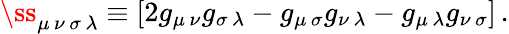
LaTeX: {\ss}_{\mu\, \nu\, \sigma\, \lambda}\equiv\left[2g_{\mu\, \nu}g_{\sigma\, \lambda}-g_{\mu\, \sigma}g_{\nu\, \lambda}-g_{\mu\, \lambda}g_{\nu\, \sigma}\right]\, .